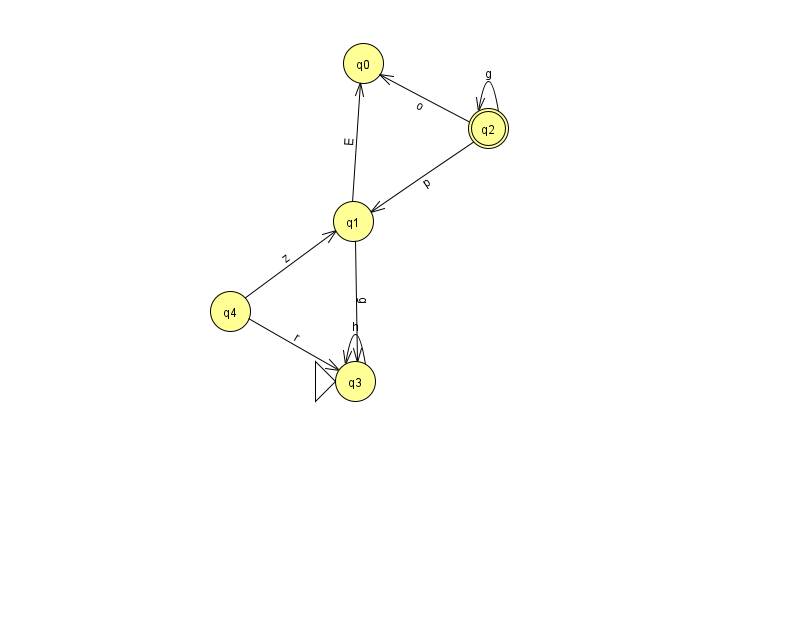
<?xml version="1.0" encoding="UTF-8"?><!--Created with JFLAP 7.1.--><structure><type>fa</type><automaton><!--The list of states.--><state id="0" name="q0"><x>363.0</x><y>50.0</y></state><state id="1" name="q1"><x>353.0</x><y>208.0</y></state><state id="2" name="q2"><x>488.0</x><y>115.0</y><final/></state><state id="3" name="q3"><x>355.0</x><y>368.0</y><initial/></state><state id="4" name="q4"><x>230.0</x><y>298.0</y></state><!--The list of transitions.--><transition><from>1</from><to>0</to><read>E</read></transition><transition><from>2</from><to>0</to><read>o</read></transition><transition><from>2</from><to>2</to><read>g</read></transition><transition><from>3</from><to>3</to><read>h</read></transition><transition><from>4</from><to>3</to><read>r</read></transition><transition><from>4</from><to>1</to><read>z</read></transition><transition><from>2</from><to>1</to><read>p</read></transition><transition><from>1</from><to>3</to><read>g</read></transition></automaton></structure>